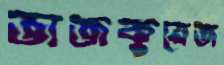
ভাজকুয়েজ